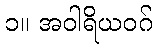
၁။ အဝါရိယဝဂ်